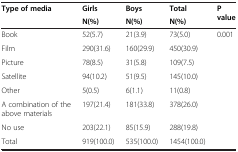
| <ROWSPAN=2> Type of media | Girls | Boys | Total | <ROWSPAN=2> P value |
 | N(%) | N(%) | N(%) |
 | --- | --- | --- | --- | --- |
 | Book | 52(5.7) | 21(3.9) | 73(5.0) | 0.001 |
 | Film | 290(31.6) | 160(29.9) | 450(30.9) |  |
 | Picture | 78(8.5) | 31(5.8) | 109(7.5) |  |
 | Satellite | 94(10.2) | 51(9.5) | 145(10.0) |  |
 | Other | 5(0.5) | 6(1.1) | 11(0.8) |  |
 | A combination of the above materials | 197(21.4) | 181(33.8) | 378(26.0) |  |
 | No use | 203(22.1) | 85(15.9) | 288(19.8) |  |
 | Total | 919(100.0) | 535(100.0) | 1454(100.0) |  |